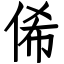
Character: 俙